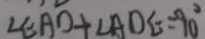
\angle E A O + \angle A O E = 9 0 ^ { \circ }